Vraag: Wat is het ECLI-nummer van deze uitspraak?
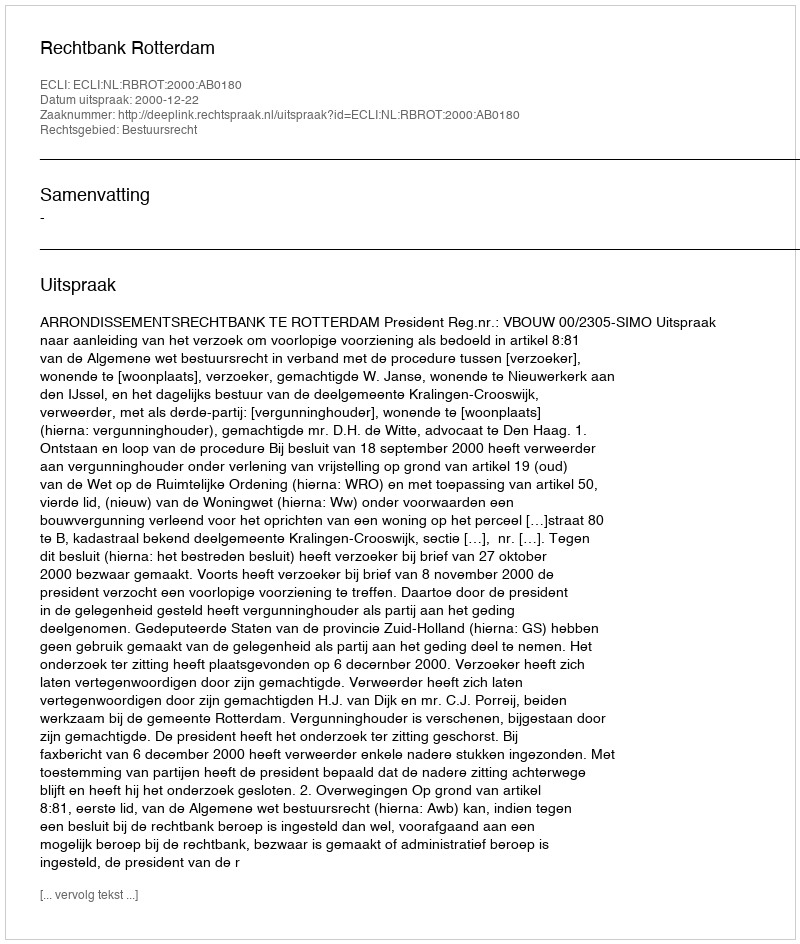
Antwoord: ECLI:NL:RBROT:2000:AB0180